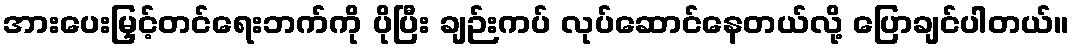
အားပေးမြှင့်တင်ရေးဘက်ကို ပိုပြီး ချဉ်းကပ် လုပ်ဆောင်နေတယ်လို့ ပြောချင်ပါတယ်။